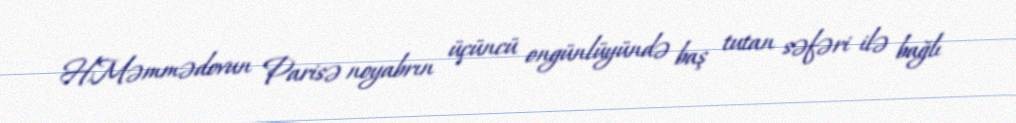
H.Məmmədovun Parisə noyabrın üçüncü ongünlüyündə baş tutan səfəri ilə bağlı